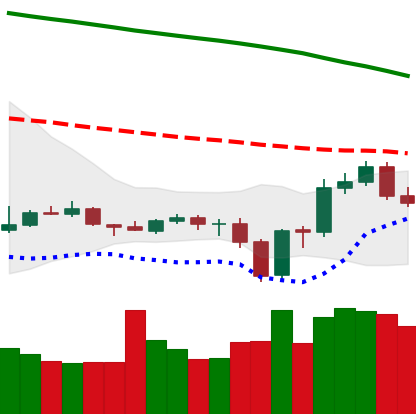
Ticker: ETC-USD
Chart end date: 2019-12-24
Forward return: 17.577%
Label: up_7plus